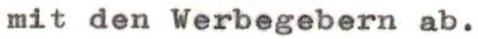
mit den Werbegebern ab.